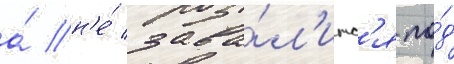
а́ н'е́ зава́л'итс'я по́д